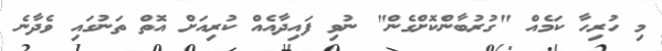
މި ހުރިހާ ކަމެއް "ގުރުބާންކޮށްގެން" ނުވި ފައިދާއެއް ކުރިއަށް އޮތް ތަނުގައި ވެދާނެ